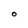
Character: O